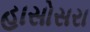
હાસોસરા